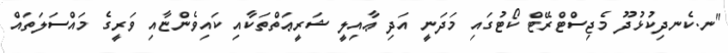
"ނ.ކެނދިކުޅުދޫ މެޖިސްޓްރޭޓް ކޯޓުގައި މަދަނީ އަދި ޢާއިލީ ޝަރީޢަތްތަކާއި ކައިވެންޏާއި ވަރީގެ މައްސަލަތައް